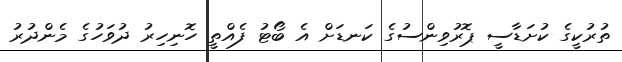
ތުރުކީގެ ކުށަޑާސީ ޕޮރުވިންސުގެ ކަނޑަށް އެ ބޯޓު ފެއްތީ ހޮނިހިރު ދުވަހުގެ މެންދުރު